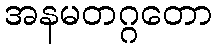
အနမတဂ္ဂတော